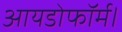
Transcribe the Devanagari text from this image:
आयडोफॉर्म।